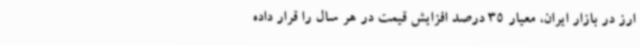
ارز در بازار ایران، معیار 35 درصد افزایش قیمت در هر سال را قرار داده